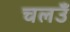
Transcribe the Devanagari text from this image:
चलउँ